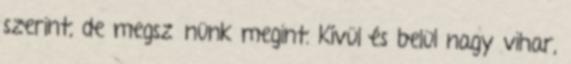
szerint, de megszűnünk megint. Kívül és belül nagy vihar,